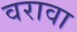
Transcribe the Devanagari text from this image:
वरावा